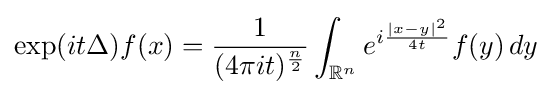
\exp(it\Delta )f(x)={\frac {1}{(4\pi it)^{\frac {n}{2}}}}\int _{\mathbb {R} ^{n}}e^{i{\frac {|x-y|^{2}}{4t}}}f(y)\,dy